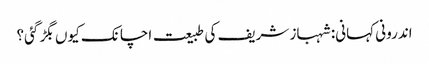
اندرونی کہانی: شہباز شریف کی طبیعت اچانک کیوں بگڑ گئی؟